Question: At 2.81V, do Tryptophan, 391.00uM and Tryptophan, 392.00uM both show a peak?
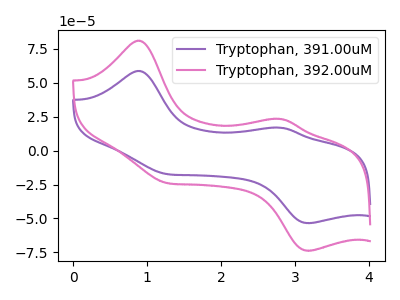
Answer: <think>The purple curve "Tryptophan, 391.00uM" has anodic peaks at (0.90V, 58.65uA) (2.80V, 16.85uA) and cathodic peaks at (1.25V, -17.15uA) (3.20V, -53.50uA). The pink curve "Tryptophan, 392.00uM" has anodic peaks at (0.90V, 80.95uA) (2.80V, 23.30uA) and cathodic peaks at (1.25V, -23.65uA) (3.20V, -73.80uA).</think>
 <answer>Yes, "Tryptophan, 391.00uM" and "Tryptophan, 392.00uM" share a peak at 2.81V.</answer>
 <eval>match</eval>